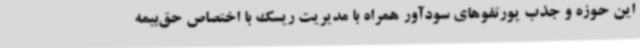
این حوزه و جذب پورتفوهای سودآور همراه با مدیریت ریسک با اختصاص حق‌بیمه